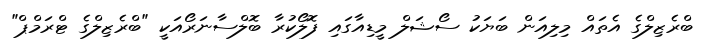
ބްރެޒިލްގެ އެތައް މިލިއަން ބަޔަކު ސޯޝަލް މީޑިއާގައި ފޮލޯކުރާ ބޮލްސާނަރޯއަކީ "ބްރެޒިލްގެ ޓްރަމްޕް"